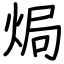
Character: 焗